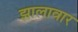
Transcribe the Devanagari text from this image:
झालावार